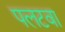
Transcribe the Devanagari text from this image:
पलटवा